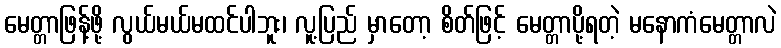
မေတ္တာဖြန့်ဖို့ လွယ်မယ်မထင်ပါဘူး၊ လူ့ပြည် မှာတော့ စိတ်ဖြင့် မေတ္တာပို့ရတဲ့ မနောကံမေတ္တာလဲ